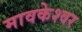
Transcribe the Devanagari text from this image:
मावकेश्वर